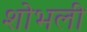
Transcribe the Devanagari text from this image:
शोभली